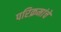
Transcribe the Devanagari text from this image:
परिक्रमांचे